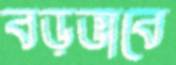
বড়ভাবে